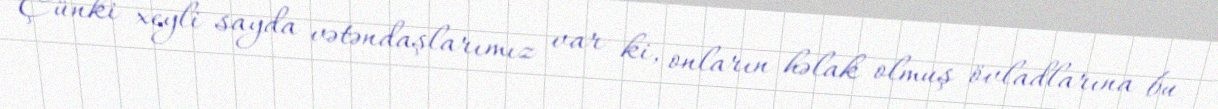
Çünki xeyli sayda vətəndaşlarımız var ki, onların həlak olmuş övladlarına bu